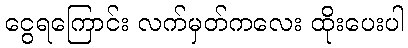
ငွေရကြောင်း လက်မှတ်ကလေး ထိုးပေးပါ